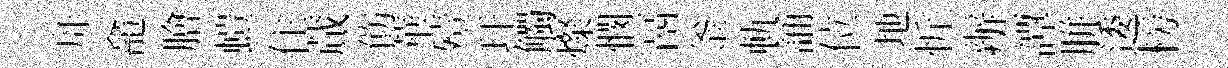
舟龕膾螘住蕆飭華殪玕觸燦憫鬲釜軌誦位地忻辦譚胼逶榜